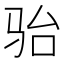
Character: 骀